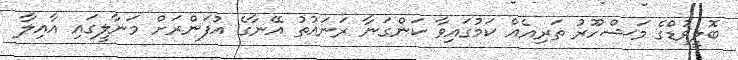
ބޮލީވުޑްގެ މަޝްހޫރު ތަރިއެއް ކަމުގައިވާ ކަންގަނާ ރަނައުތު އޭނާގެ އުފަންރަށް މަނާލީގައި އާއިލާ